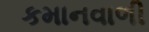
કમાનવાળી